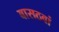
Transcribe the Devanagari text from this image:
बासठवां